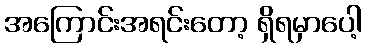
အကြောင်းအရင်းတော့ ရှိရမှာပေါ့